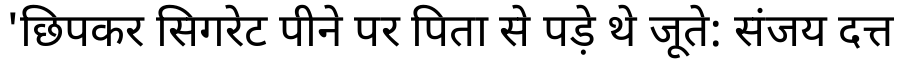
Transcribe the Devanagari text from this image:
'छिपकर सिगरेट पीने पर पिता से पड़े थे जूते: संजय दत्त